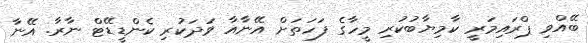
ބޭއްވި ޕްރައިމަރީ ކާމިޔާބުކުރި މީހާގެ ފަހަތަށް އޭނާއާ ވަދަކުރި ކެންޑީޑޭޓް ނާރާ. އޭނާ